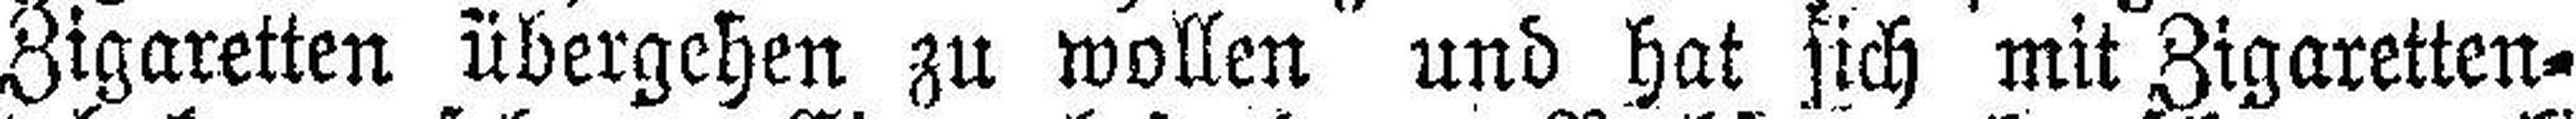
Zigaretten übergehen zu wollen und hat sich mit Zigaretten¬